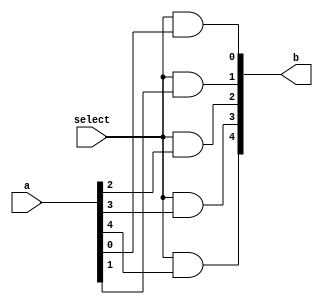

module BitwiseAND_5Bit (a, select, b);

input [5:1] a;
input select;
output [5:1] b;

assign b[1] = select & a[1];
assign b[2] = select & a[2];
assign b[3] = select & a[3];
assign b[4] = select & a[4];
assign b[5] = select & a[5];

endmodule